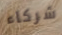
شركاء